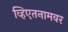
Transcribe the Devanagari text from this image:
व्हिएतनामवर